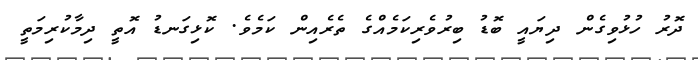
ދޮރު ހުޅުވިގެން ދިޔައީ ބޮޑު ބިރުވެރިކަމެއްގެ ތެރެއިން ކަމެވެ. ކޮޅިގަނޑު އޮތީ ދިމާކުރިމަތީ